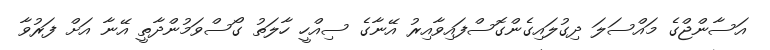
އަސާންޖްގެ މައްސަލަ ދިގުލައިގެންގޮސްފައިވާއިރު އޭނާގެ ސިއްހީ ހާލަތު ގޯސްވަމުންދާތީ އޭނާ އަށް ފަރުވާ